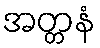
အတ္တနံ